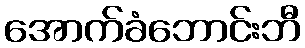
အောက်ခံဘောင်းဘီ